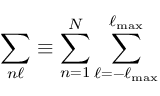
\sum _ { n \ell } \equiv \sum _ { n = 1 } ^ { N } \sum _ { \ell = - \ell _ { \mathrm { m a x } } } ^ { \ell _ { \mathrm { m a x } } }